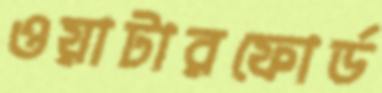
ওয়াটারফোর্ড